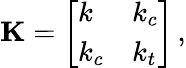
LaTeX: \mathbf{K}=\left[\begin{array}{ll}{k}&{k_{c}}\\ {k_{c}}&{k_{t}}\end{array}\right]\, ,